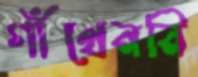
গাঁথেননি